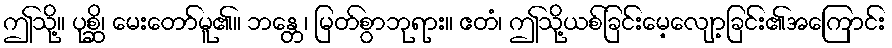
ဤသို့။ ပုစ္ဆိ၊ မေးတော်မူ၏။ ဘန္တေ၊ မြတ်စွာဘုရား။ ဧတံ၊ ဤသို့ယစ်ခြင်းမေ့လျော့ခြင်း၏အကြောင်း